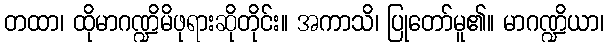
တထာ၊ ထိုမာဂဏ္ဍိမိဖုရားဆိုတိုင်း။ အကာသိ၊ ပြုတော်မူ၏။ မာဂဏ္ဍိယာ၊